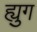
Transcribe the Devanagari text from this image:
ह्युग